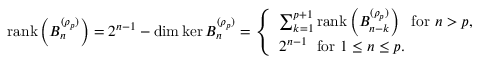
\operatorname { r a n k } \left( B _ { n } ^ { ( \rho _ { p } ) } \right) = 2 ^ { n - 1 } - \dim \ker B _ { n } ^ { ( \rho _ { p } ) } = \left\{ \begin{array} { l l } { \sum _ { k = 1 } ^ { p + 1 } \operatorname { r a n k } \left( B _ { n - k } ^ { ( \rho _ { p } ) } \right) \; \mathrm { ~ f o r ~ } n > p , } \\ { 2 ^ { n - 1 } \; \mathrm { ~ f o r ~ } 1 \leq n \leq p . } \end{array} \right.